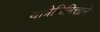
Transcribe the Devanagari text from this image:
यात्रेनिमित्ताने